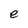
Character: e